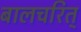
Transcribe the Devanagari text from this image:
बालचरित्